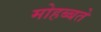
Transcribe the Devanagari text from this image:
मोहब्बते